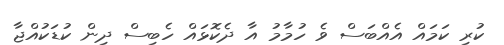
ކުރި ކަމައް އެއްބަސް ވެ ހުމާމު އާ ދެކޮޅައް ހެބިސް ދިން ކުޑަކުއްޖާ